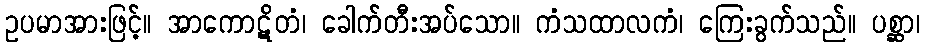
ဥပမာအားဖြင့်။ အာကောဋိတံ၊ ခေါက်တီးအပ်သော။ ကံသထာလကံ၊ ကြေးခွက်သည်။ ပစ္ဆာ၊